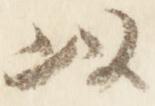
以